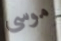
موسى